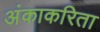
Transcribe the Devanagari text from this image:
अंकाकरिता